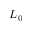
L _ { 0 }